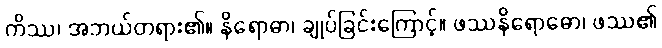
ကိဿ၊ အဘယ်တရား၏။ နိရောဓာ၊ ချုပ်ခြင်းကြောင့်။ ဖဿနိရောဓော၊ ဖဿ၏